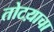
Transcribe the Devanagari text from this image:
तोटय़ाचा